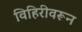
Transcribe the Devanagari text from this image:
विहिरीवरून